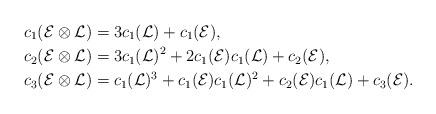
LaTeX: \begin{align*}c_1(\mathcal E\otimes\mathcal L)&=3c_1(\mathcal{L})+c_1(\mathcal{E}),\\ c_2(\mathcal E\otimes\mathcal L) &=3c_1(\mathcal{L})^2+2c_1(\mathcal{E})c_1(\mathcal L)+c_2(\mathcal{E}),\\c_3(\mathcal E\otimes\mathcal L) &=c_1(\mathcal{L})^3+c_1(\mathcal{E})c_1(\mathcal L)^2+c_2(\mathcal{E})c_1(\mathcal L)+c_3(\mathcal{E}).\end{align*}